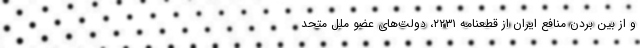
و از بین بردن منافع ایران از قطعنامه ۲۲۳۱، دولت­‌های عضو ملل متحد